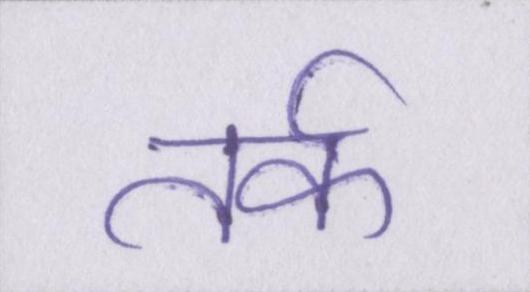
तर्क